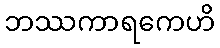
ဘဿကာရကေဟိ